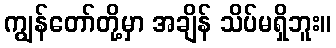
ကျွန်တော်တို့မှာ အချိန် သိပ်မရှိဘူး။